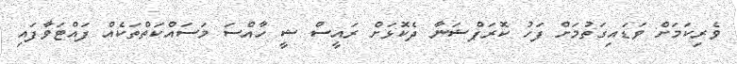
ވެރިކަމަށް ވަޑައިގަތުމަށް ފަހު ކޮރަޕްޝަނާ ދެކޮޅަށް ރައީސް ޝީ ހާއްސަ މަސައްކަތްތަކެއް ފައްޓަވާފައި